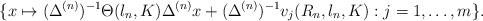
LaTeX: \begin{align*}\{x\mapsto(\Delta^{(n)})^{-1}\Theta(\l_n,K)\Delta^{(n)}x+(\Delta^{(n)})^{-1}v_j(R_n,\l_n,K):j=1,\ldots,m\}.\end{align*}